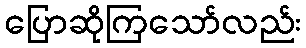
ပြောဆိုကြသော်လည်း